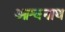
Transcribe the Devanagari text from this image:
आश्वनाथ